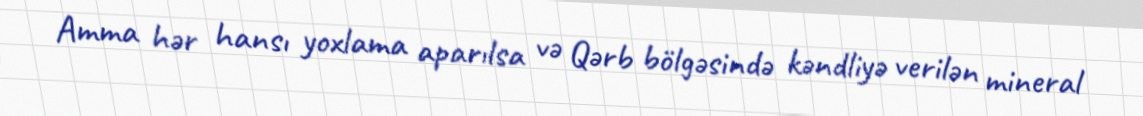
Amma hər hansı yoxlama aparılsa və Qərb bölgəsində kəndliyə verilən mineral